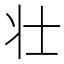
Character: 壮